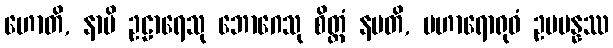
ဟောတိ, နာပိ ဥဠာရေသု ဘောဂေသု စိတ္တံ နမတိ, မဟာရောရုဝံ ဥပပန္နဿ